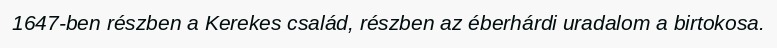
1647-ben részben a Kerekes család, részben az éberhárdi uradalom a birtokosa.